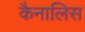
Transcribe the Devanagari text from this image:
कैनालिस